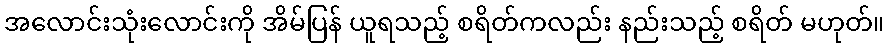
အလောင်းသုံးလောင်းကို အိမ်ပြန် ယူရသည့် စရိတ်ကလည်း နည်းသည့် စရိတ် မဟုတ်။